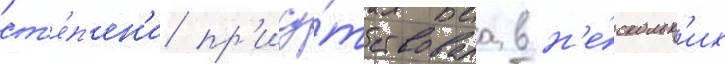
ст'е́п'ен'и пр'ису́тствовала в н'е́скольк'их